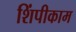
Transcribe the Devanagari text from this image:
शिंपीकाम